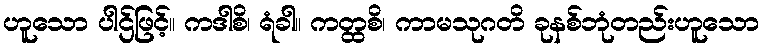
ဟူသော ပါဌ်ဖြင့်။ ကဒါစိ၊ ရံခါ။ ကတ္ထစိ၊ ကာမသုဂတိ ခုနစ်ဘုံတည်းဟူသော